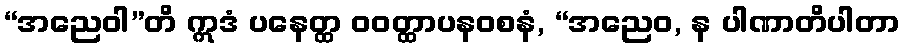
“အညေဝါ”တိ ဣဒံ ပနေတ္ထ ဝဝတ္ထာပနဝစနံ, “အညေဝ, န ပါဏာတိပါတာ